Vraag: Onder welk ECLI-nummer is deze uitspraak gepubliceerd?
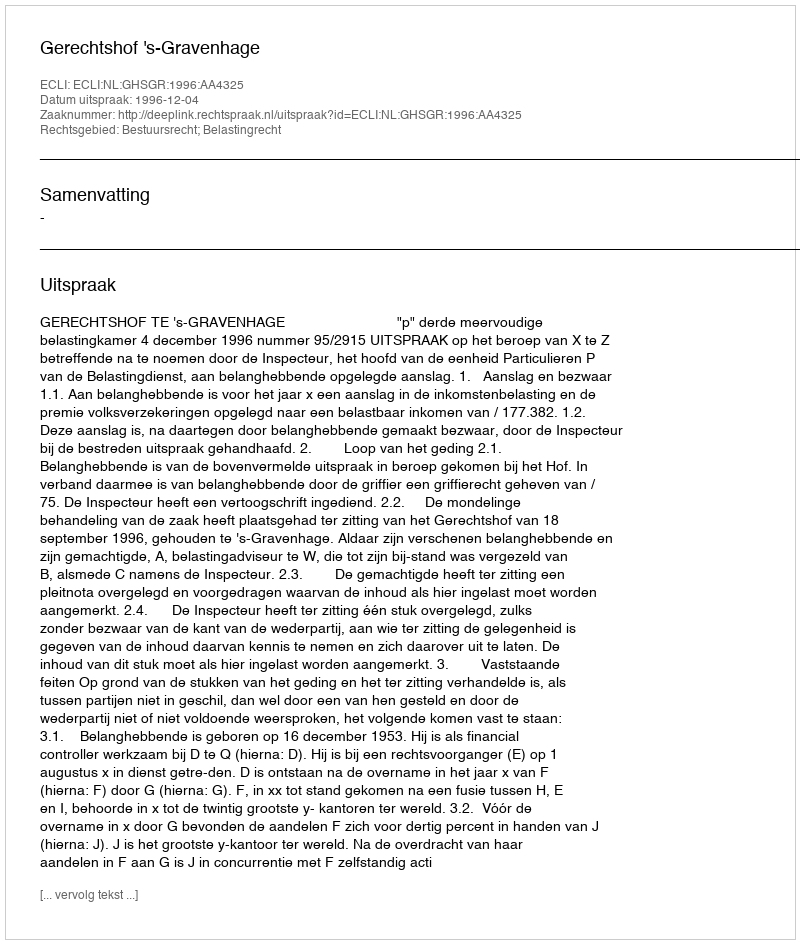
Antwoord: ECLI:NL:GHSGR:1996:AA4325